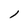
Character: l